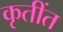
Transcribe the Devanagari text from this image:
कृतींत